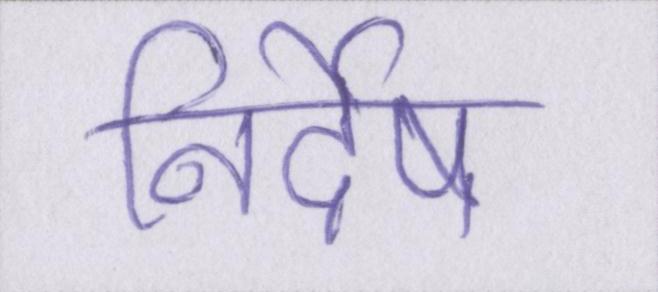
निर्देष